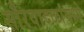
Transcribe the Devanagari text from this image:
सौरवादळांमध्ये